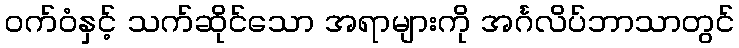
ဝက်ဝံနှင့် သက်ဆိုင်သော အရာများကို အင်္ဂလိပ်ဘာသာတွင်